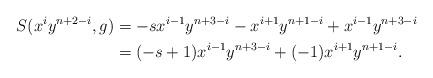
LaTeX: \begin{align*}S(x^i y^{n+2-i}, g) &= - s x^{i-1} y^{n+3-i} - x^{i+1} y^{n+1-i} + x^{i-1} y^{n+3-i} \\&= (-s+1) x^{i-1} y^{n+3-i} + (-1)x^{i+1}y^{n+1-i}.\end{align*}